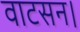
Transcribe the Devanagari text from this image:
वाटसन।